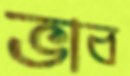
ভাব